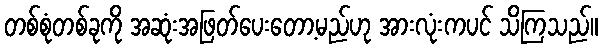
တစ်စုံတစ်ခုကို အဆုံးအဖြတ်ပေးတော့မည်ဟု အားလုံးကပင် သိကြသည်။